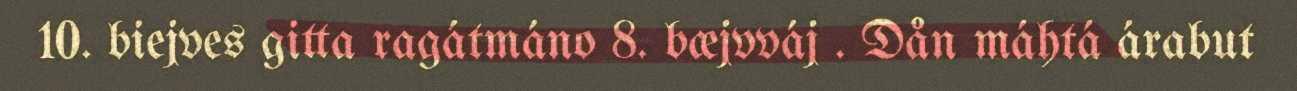
10. biejves gitta ragátmáno 8. bæjvváj . Dån máhtá árabut